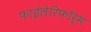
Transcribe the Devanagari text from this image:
फाईलेरिफॉर्म